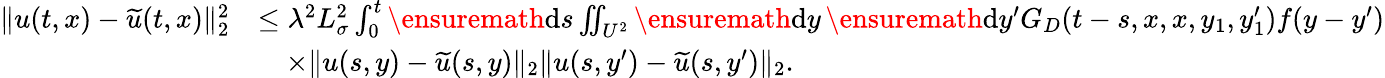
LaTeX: \begin{array}{rl}{\| u(t,x)-\widetilde{u}(t,x)\| _{2}^{2}}&{\le\lambda^{2}L_{\sigma}^{2}\int_{0}^{t}\ensuremath{\mathrm{d}}s\iint_{U^{2}}\ensuremath{\mathrm{d}}y\, \ensuremath{\mathrm{d}}y^{\prime}G_{D}(t-s,x,x,y_{1},y_{1}^{\prime})f(y-y^{\prime})}\\ &{\quad\times\| u(s,y)-\widetilde{u}(s,y)\| _{2}\| u(s,y^{\prime})-\widetilde{u}(s,y^{\prime})\| _{2}.}\end{array}